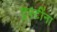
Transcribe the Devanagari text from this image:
ट्रस्टींना